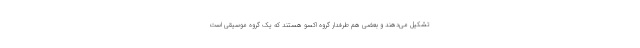
تشکیل می‌دهند و بعضی هم طرفدار گروه اکسو هستند که یک گروه موسیقی است